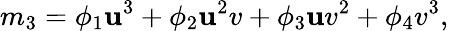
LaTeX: m_{3}=\phi_{1}\mathbf{u}^{3}+\phi_{2}\mathbf{u}^{2}v+\phi_{3}\mathbf{u}v^{2}+\phi_{4}v^{3},